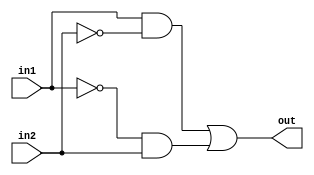
module xor2(out, in1, in2);
  input in1 , in2;
  output out;
  wire abnot;
  wire anotb;
  wire bnot;
  wire anot;
  not U1(anot,in1);
  not U2(bnot,in2);
  and U3(abnot,in1,bnot);
  and U4(anotb,anot,in2);
  or U5(out,abnot,anotb);
endmodule  

module xor3(out, in1, in2, in3);
  input in1, in2, in3;
  output out;
  wire a;
  xor2 V1(a,in1,in2);
  xor2 V2(out,a,in3);
endmodule
  
module xor3_b(out, in1, in2, in3);
  input in1,in2,in3;
  output out;
  assign out = (((in1)&(!in2)&(!in3))|((!in1)&(in2)&(!in3))|((!in1)&(!in2)&(in3))|((in1)&(in2)&(in3))); 
endmodule